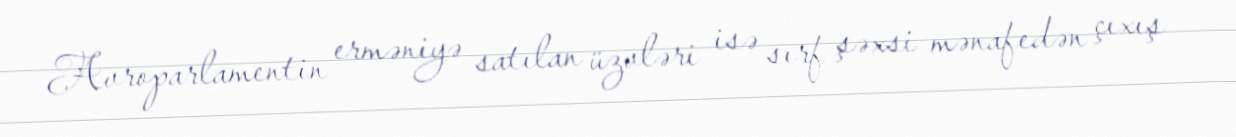
Avroparlamentin erməniyə satılan üzvləri isə sırf şəxsi mənafedən çıxış